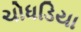
ચોધડિયા